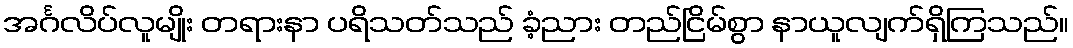
အင်္ဂလိပ်လူမျိုး တရားနာ ပရိသတ်သည် ခံ့ညား တည်ငြိမ်စွာ နာယူလျက်ရှိကြသည်။